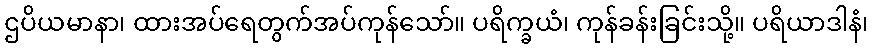
ဌပိယမာနာ၊ ထားအပ်ရေတွက်အပ်ကုန်သော်။ ပရိက္ခယံ၊ ကုန်ခန်းခြင်းသို့။ ပရိယာဒါနံ၊